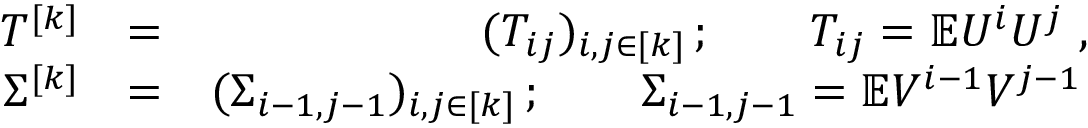
\begin{array} { r l r } { T ^ { [ k ] } } & { = } & { ( T _ { i j } ) _ { i , j \in [ k ] } \, ; \qquad T _ { i j } = \mathbb { E } U ^ { i } U ^ { j } \ , } \\ { \Sigma ^ { [ k ] } } & { = } & { ( \Sigma _ { i - 1 , j - 1 } ) _ { i , j \in [ k ] } \, ; \qquad \Sigma _ { i - 1 , j - 1 } = \mathbb { E } V ^ { i - 1 } V ^ { j - 1 } \, } \end{array}